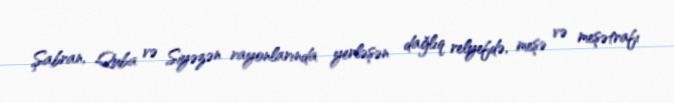
Şabran, Quba və Siyəzən rayonlarında yerləşən dağlıq relyefdə, meşə və meşətrafı